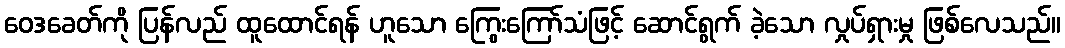
ဝေဒခေတ်ကို ပြန်လည် ထူထောင်ရန် ဟူသော ကြွေးကြော်သံဖြင့် ဆောင်ရွက် ခဲ့သော လှုပ်ရှားမှု ဖြစ်လေသည်။